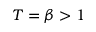
T = \beta > 1